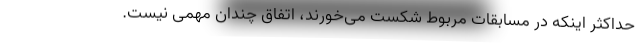
حداکثر اینکه در مسابقات مربوط شکست می‌خورند، اتفاق چندان مهمی نیست.